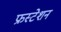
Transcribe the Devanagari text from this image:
फ्रस्टेशन